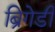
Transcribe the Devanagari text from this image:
ब्रिगेडी